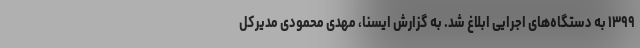
۱۳۹۹ به دستگاه‌های اجرایی ابلاغ شد. به گزارش ایسنا، مهدی محمودی مدیرکل